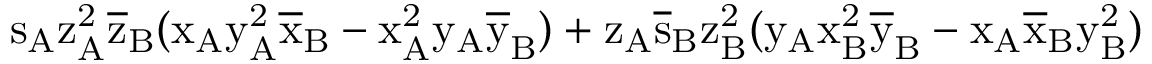
\mathrm { s _ { A } \mathrm { z _ { A } ^ { 2 } \mathrm { \overline { { z } } _ { B } ( \mathrm { x _ { A } \mathrm { y _ { A } ^ { 2 } \mathrm { \overline { { x } } _ { B } - \mathrm { x _ { A } ^ { 2 } \mathrm { y _ { A } \mathrm { \overline { { y } } _ { B } ) + \mathrm { z _ { A } \mathrm { \overline { { s } } _ { B } \mathrm { z _ { B } ^ { 2 } ( \mathrm { y _ { A } \mathrm { x _ { B } ^ { 2 } \mathrm { \overline { { y } } _ { B } - \mathrm { x _ { A } \mathrm { \overline { { x } } _ { B } \mathrm { y _ { B } ^ { 2 } ) } } } } } } } } } } } } } } } } } }